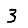
Digit: 3